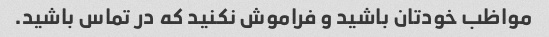
مواظب خودتان باشید و فراموش نکنید که در تماس باشید.